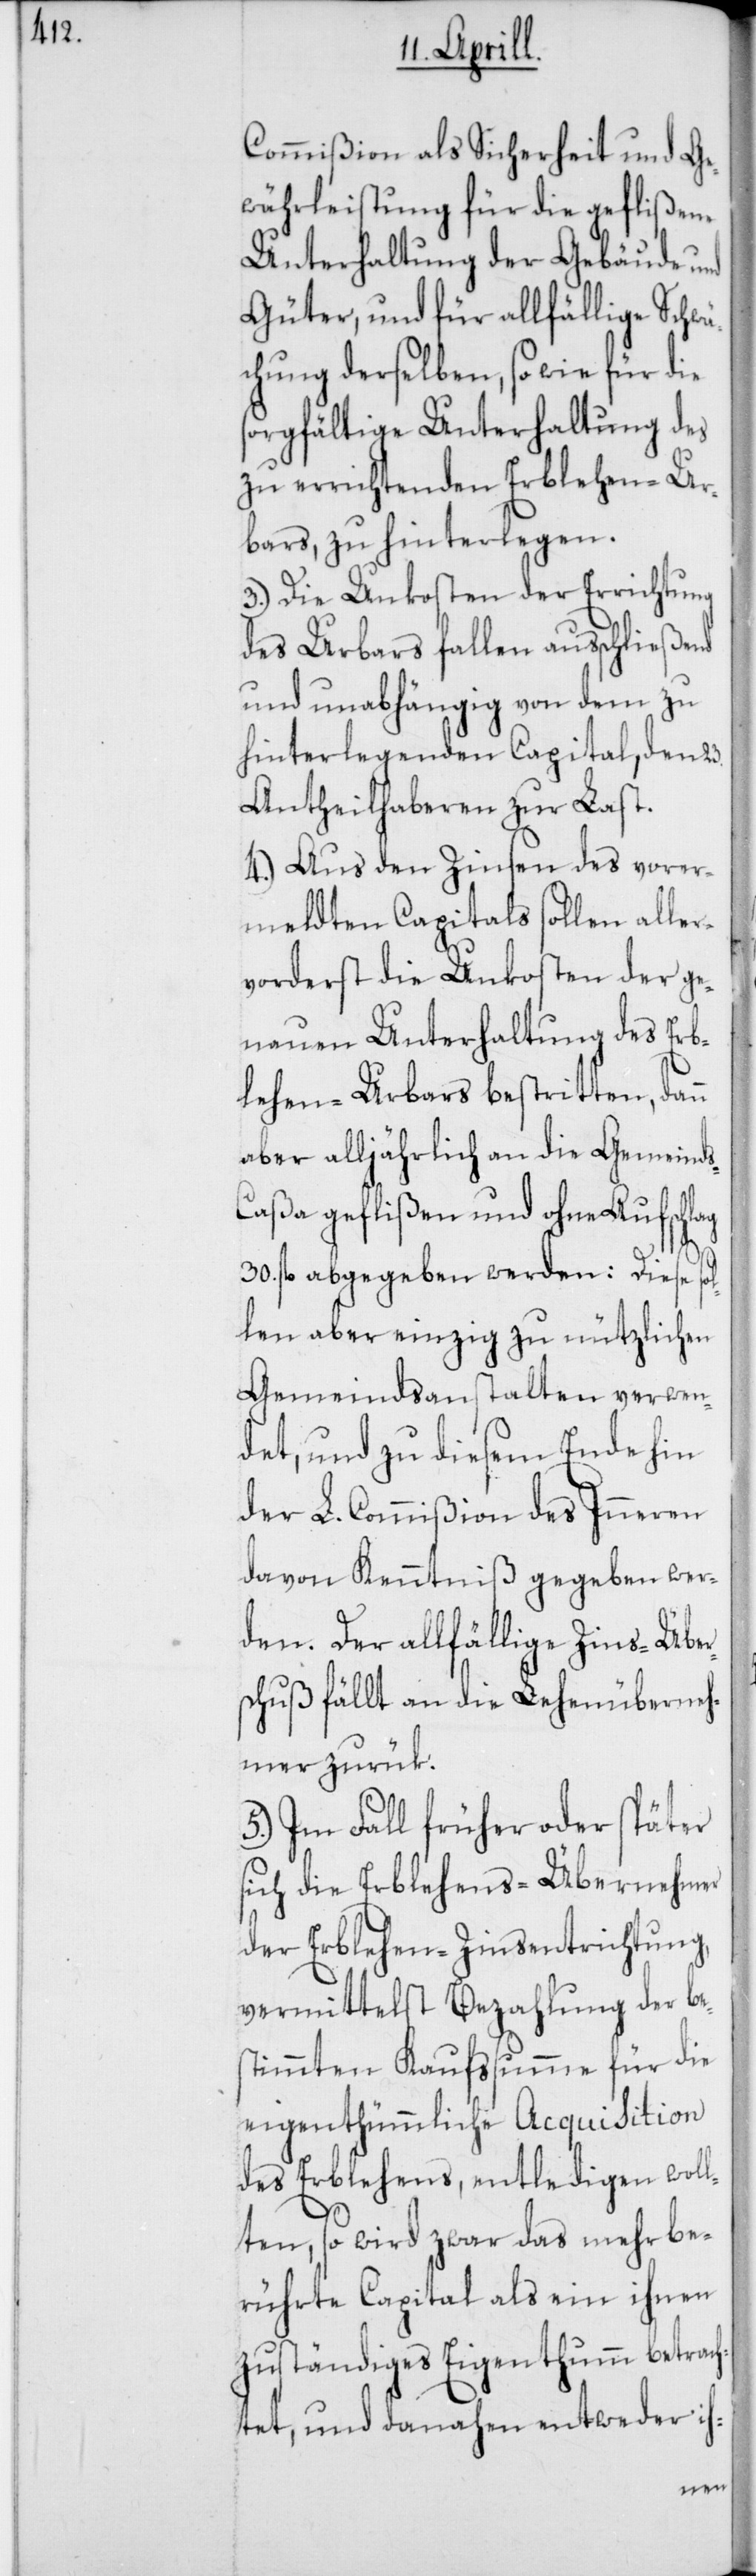
Commißion als Sicherheit und Ge¬
währleistung für die geflißene
Unterhaltung der Gebäude und
Güter, und für allfählige Schwä¬
chung derselben, sowie für die
sorgfältige Unterhaltung des
zu errichtenden Erblehen-Ur¬
bars, zu hinterlegen.
3.) Die Unkosten der Errichtung
des Urbars fallen ausschließend
und unabhängig von dem zu
hinterlegenden Capital, den 23.
Antheilhaberen zur Last.
4.) Aus den Zinsen des vorer¬
meldten Capitals sollen aller¬
vorderst die Unkosten der ge¬
nauen Unterhaltung des Erb¬
lehen-Urbars bestritten, da¬
aber alljährlich an die Gemeind¬
s-Caßa geflißen und ohne Aufschlag
30. fl. abgegeben werden: Diese sol¬
len aber einzig zu nützlichen
Gemeindsanstalten verwen¬
det, und zu diesem Ende hin
der L. Commißion des Inneren
davon Kenntniß gegeben wer¬
den. Der allfählige Zins-Über¬
schuß fällt an die Lehenüberneh¬
mer zurük.
5.) Im Fall früher oder später
sich die Erblehens-Übernehmer
der Erblehen-Zinsentrichtung,
vermittelst Bezahlung der be¬
stimmten Kaufsumme für die
eigentümliche Acquistion
des Erblehens, entledigen woll¬
ten, so wird zwar das mehr be¬
rührte Capital als ein ihnen
zuständiges Eigentum betrach¬
tet, und danahen entweder ih-
nn